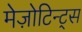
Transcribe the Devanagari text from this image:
मेज़ोटिन्ट्स